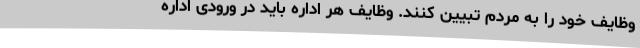
وظایف خود را به مردم تبیین کنند. وظایف هر اداره باید در ورودی اداره